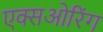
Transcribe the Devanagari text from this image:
एक्सओरिंग